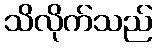
သိလိုက်သည်